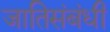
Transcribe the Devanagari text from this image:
जातिसंबंधी